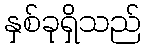
နှစ်ခုရှိသည်